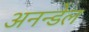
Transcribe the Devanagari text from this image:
अनन्डेल